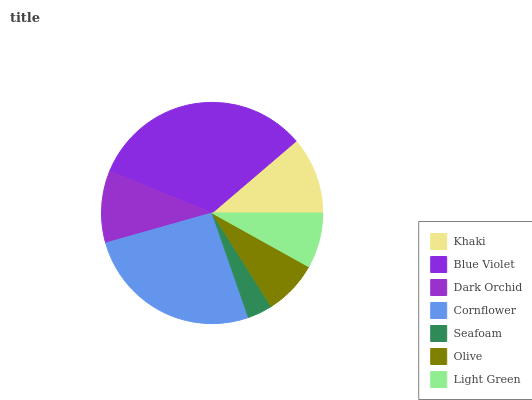
| Khaki | Blue Violet | Dark Orchid | Cornflower | Seafoam | Olive | Light Green |
 | --- | --- | --- | --- | --- | --- | --- |
 | 11.2% | 32.6% | 10.5% | 25.9% | 3.64% | 7.94% | 8.07% |